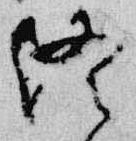
終